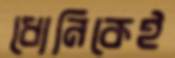
ধোনিকেই